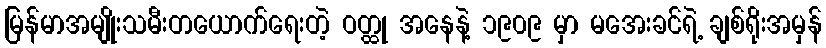
မြန်မာအမျိုးသမီးတယောက်ရေးတဲ့ ဝတ္ထု အနေနဲ့ ၁၉၀၉ မှာ မအေးခင်ရဲ့ ချစ်ရိုးအမှန်